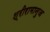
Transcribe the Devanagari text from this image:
श्रीरामानुज